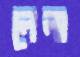
লেলা